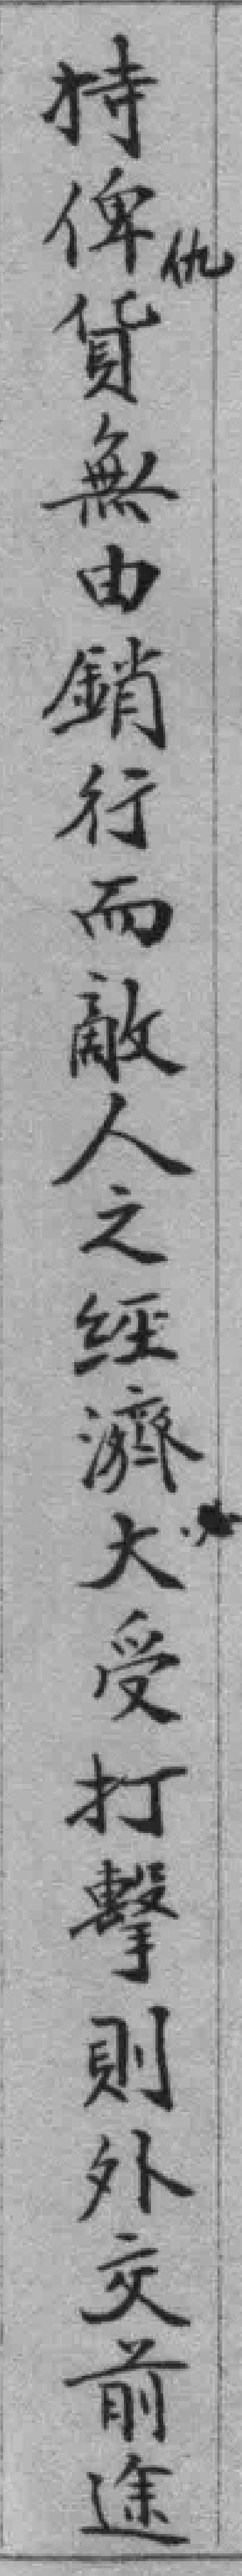
持俾貨無由銷行而敵人之经濟大受打擊則外交前途